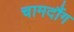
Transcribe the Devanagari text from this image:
चामदौंग